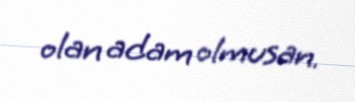
olan adam olmusan.